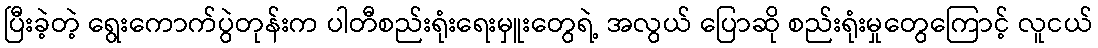
ပြီးခဲ့တဲ့ ရွေးကောက်ပွဲတုန်းက ပါတီစည်းရုံးရေးမှူးတွေရဲ့ အလွယ် ပြောဆို စည်းရုံးမှုတွေကြောင့် လူငယ်